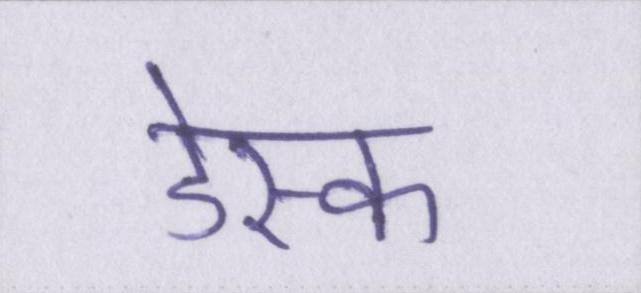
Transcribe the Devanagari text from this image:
डेस्क